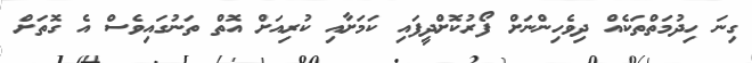
ގިނަ ހިދުމަތްތަކެއް ދިވެހިންނަށް ފޯރުކޮށްދީފައި ކަމަށާއި ކުރިއަށް އޮތް ތަނުގައިވެސް އެ ގޮތަށް